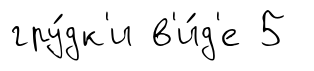
гру́дк'и в'и́д'е 5